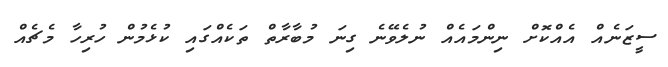
ސީޒަނެއް އެއްކޮށް ނިންމައެއް ނުލެވޭނެ ގިނަ މުބާރާތް ތަކެއްގައި ކުޅެމުން ހުރިހާ މެޗެއް